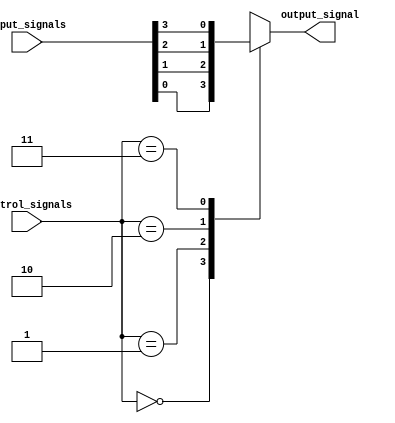
module mux(input [3:0] input_signals, 
           input [1:0] control_signals, 
           output reg output_signal);

always @(control_signals or input_signals)
begin
    case(control_signals)
        2'b00: output_signal = input_signals[0];
        2'b01: output_signal = input_signals[1];
        2'b10: output_signal = input_signals[2];
        2'b11: output_signal = input_signals[3];
        default: output_signal = input_signals[0];
    endcase
end

endmodule